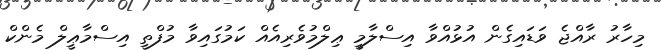
މިހާރު ރާއްޖެ ވަޑައިގެން އުޅުއްވާ އިސްލާމީ ޢިލްމުވެރިއެއް ކަމުގައިވާ މުފްތީ އިސްމާޢީލް މެންކް